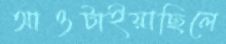
আওটাইয়াছিলে